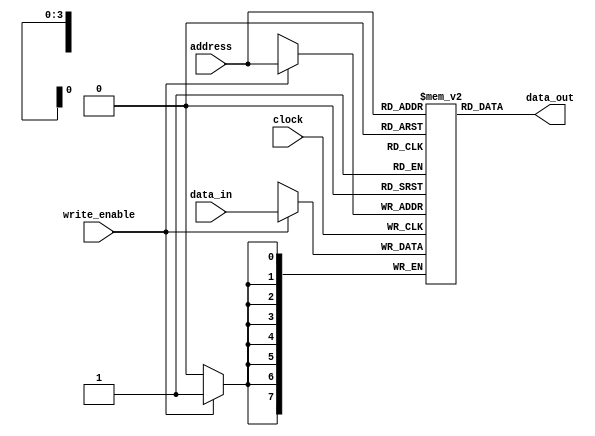

module ram_p #(parameter ADDR_WIDTH = 4,
						 DATA_WIDTH = 8)
(
	input 					clock,
	input   				write_enable,
	input  [ADDR_WIDTH-1:0] address,
	input  [DATA_WIDTH-1:0] data_in,
	output [DATA_WIDTH-1:0] data_out
);

	reg [DATA_WIDTH-1:0] ram [2**ADDR_WIDTH-1:0];
	
	always @(posedge clock)
		if(write_enable)
			ram[address] <= data_in;
			
	assign data_out = ram[address];
	
endmodule